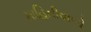
માહિતીવાળો